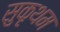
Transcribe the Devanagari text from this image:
सुकृथम